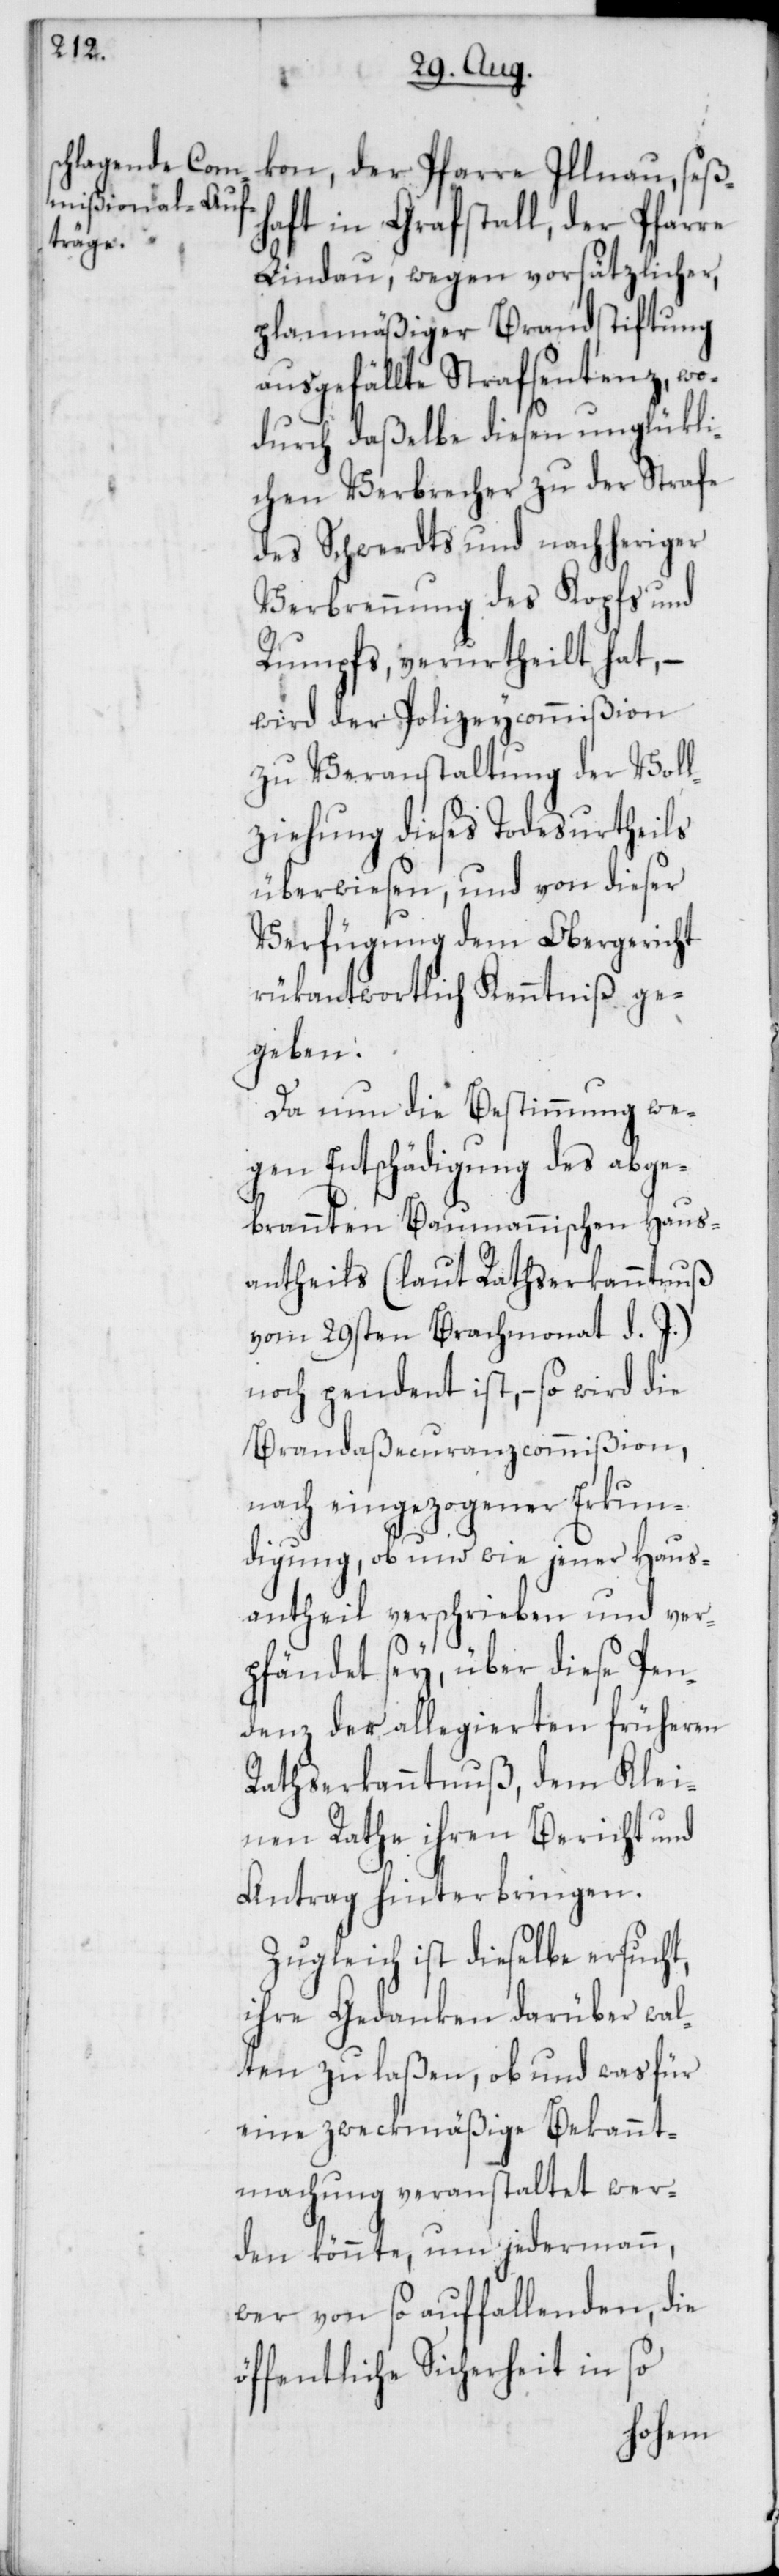
kon der Pfarre Illnau, seß¬
haft in Grafstall, der Pfarre
Lindau, wegen vorsätzlicher,
planmäßiger Brandstiftung
ausgefällte Strafsentenz, wo¬
durch daßelbe diesen unglückli¬
chen Verbrecher zu der Strafe
des Schwerdts und nachheriger
Verbrennung des Kopfs und
Rumpfs, verurtheilt hat, –
wird der Polizeycommißion
zu Veranstaltung der Vol¬
lziehung dieses Todesurtheils
überwiesen, und von dieser
Verfügung dem Obergericht
rükantwortlich Kenntniß ge¬
geben.
Da nun die Bestimmung we¬
gen Entschädigung des abge¬
brannten Baumannischen Haus¬
antheils (laut Rathserkanntnuß
vom 29sten Brachmonat d. J.)
noch pendent ist, – so wird die
Brandaßecuranzcommißion,
nach eingezogener Erkun¬
digung, ob und wie jener Haus¬
antheil verschrieben und ver¬
pfändet sey, über diese Pen¬
denz der allegierten früheren
Rathserkanntnuß, dem Klei¬
nen Rathe ihren Bericht und
Antrag hinterbringen.
Zugleich ist dieselbe ersucht,
ihre Gedanken darüber wal¬
ten zu laßen, ob und was für
eine zweckmäßige Bekannt¬
machung veranstaltet wer¬
den könnte, um jedermann,
wer von so auffallenden, die
öffentliche Sicherheit in so